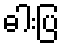
ဓါးပြ